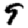
Digit: 9